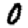
Digit: 0